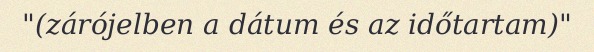
"(zárójelben a dátum és az időtartam)"